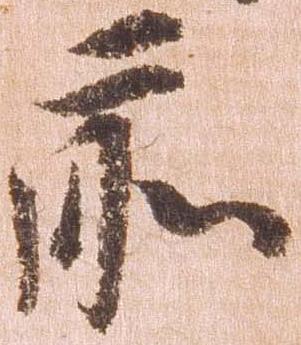
前